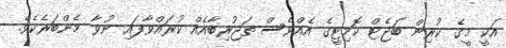
އަކީ މީގެ ކުރިން ބަޖެޓް ކޮމިޓީގެ އެެއްވެސް ތަޖުރިބާއެއް ކުރައްވާފައި ނުވާ މެންބަރެކެވެ.